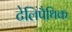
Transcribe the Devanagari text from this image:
टेलिपैथिक